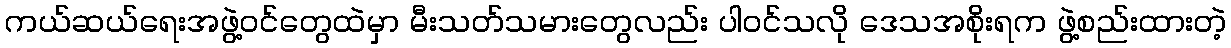
ကယ်ဆယ်ရေးအဖွဲ့ဝင်တွေထဲမှာ မီးသတ်သမားတွေလည်း ပါဝင်သလို ဒေသအစိုးရက ဖွဲ့စည်းထားတဲ့